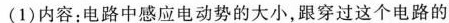
(1)内容：电路中感应电动势的大小，跟穿过这个电路的